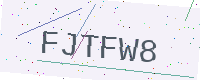
Text: FJTFW8